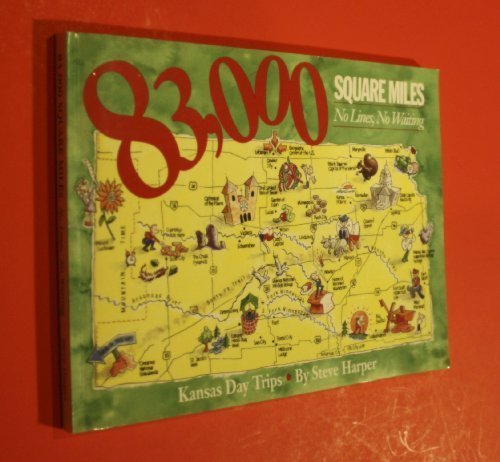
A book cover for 83,000 Square Miles, No Lines, No Waiting--: Kansas Day Trips; Wichita Eagle and Beacon Pub; Travel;